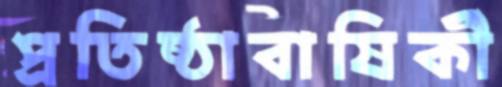
প্রতিষ্ঠাবাষির্কী